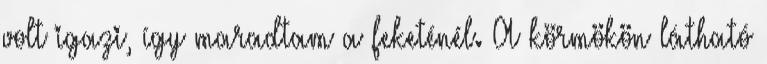
volt igazi, így maradtam a feketénél. A körmökön látható